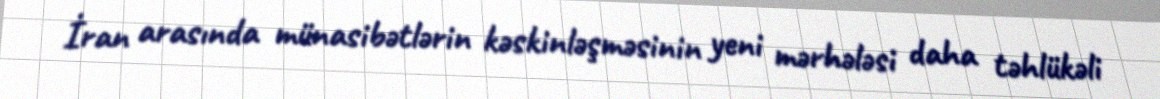
İran arasında münasibətlərin kəskinləşməsinin yeni mərhələsi daha təhlükəli